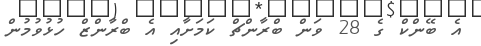
އެ ބޭންކް ގެ 28 ވަން ބްރާންޗް ކަމަށާއި އެ ބްރާންޒް ހުޅުވުމުން